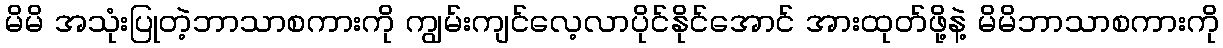
မိမိ အသုံးပြုတဲ့ဘာသာစကားကို ကျွမ်းကျင်လေ့လာပိုင်နိုင်အောင် အားထုတ်ဖို့နဲ့ မိမိဘာသာစကားကို